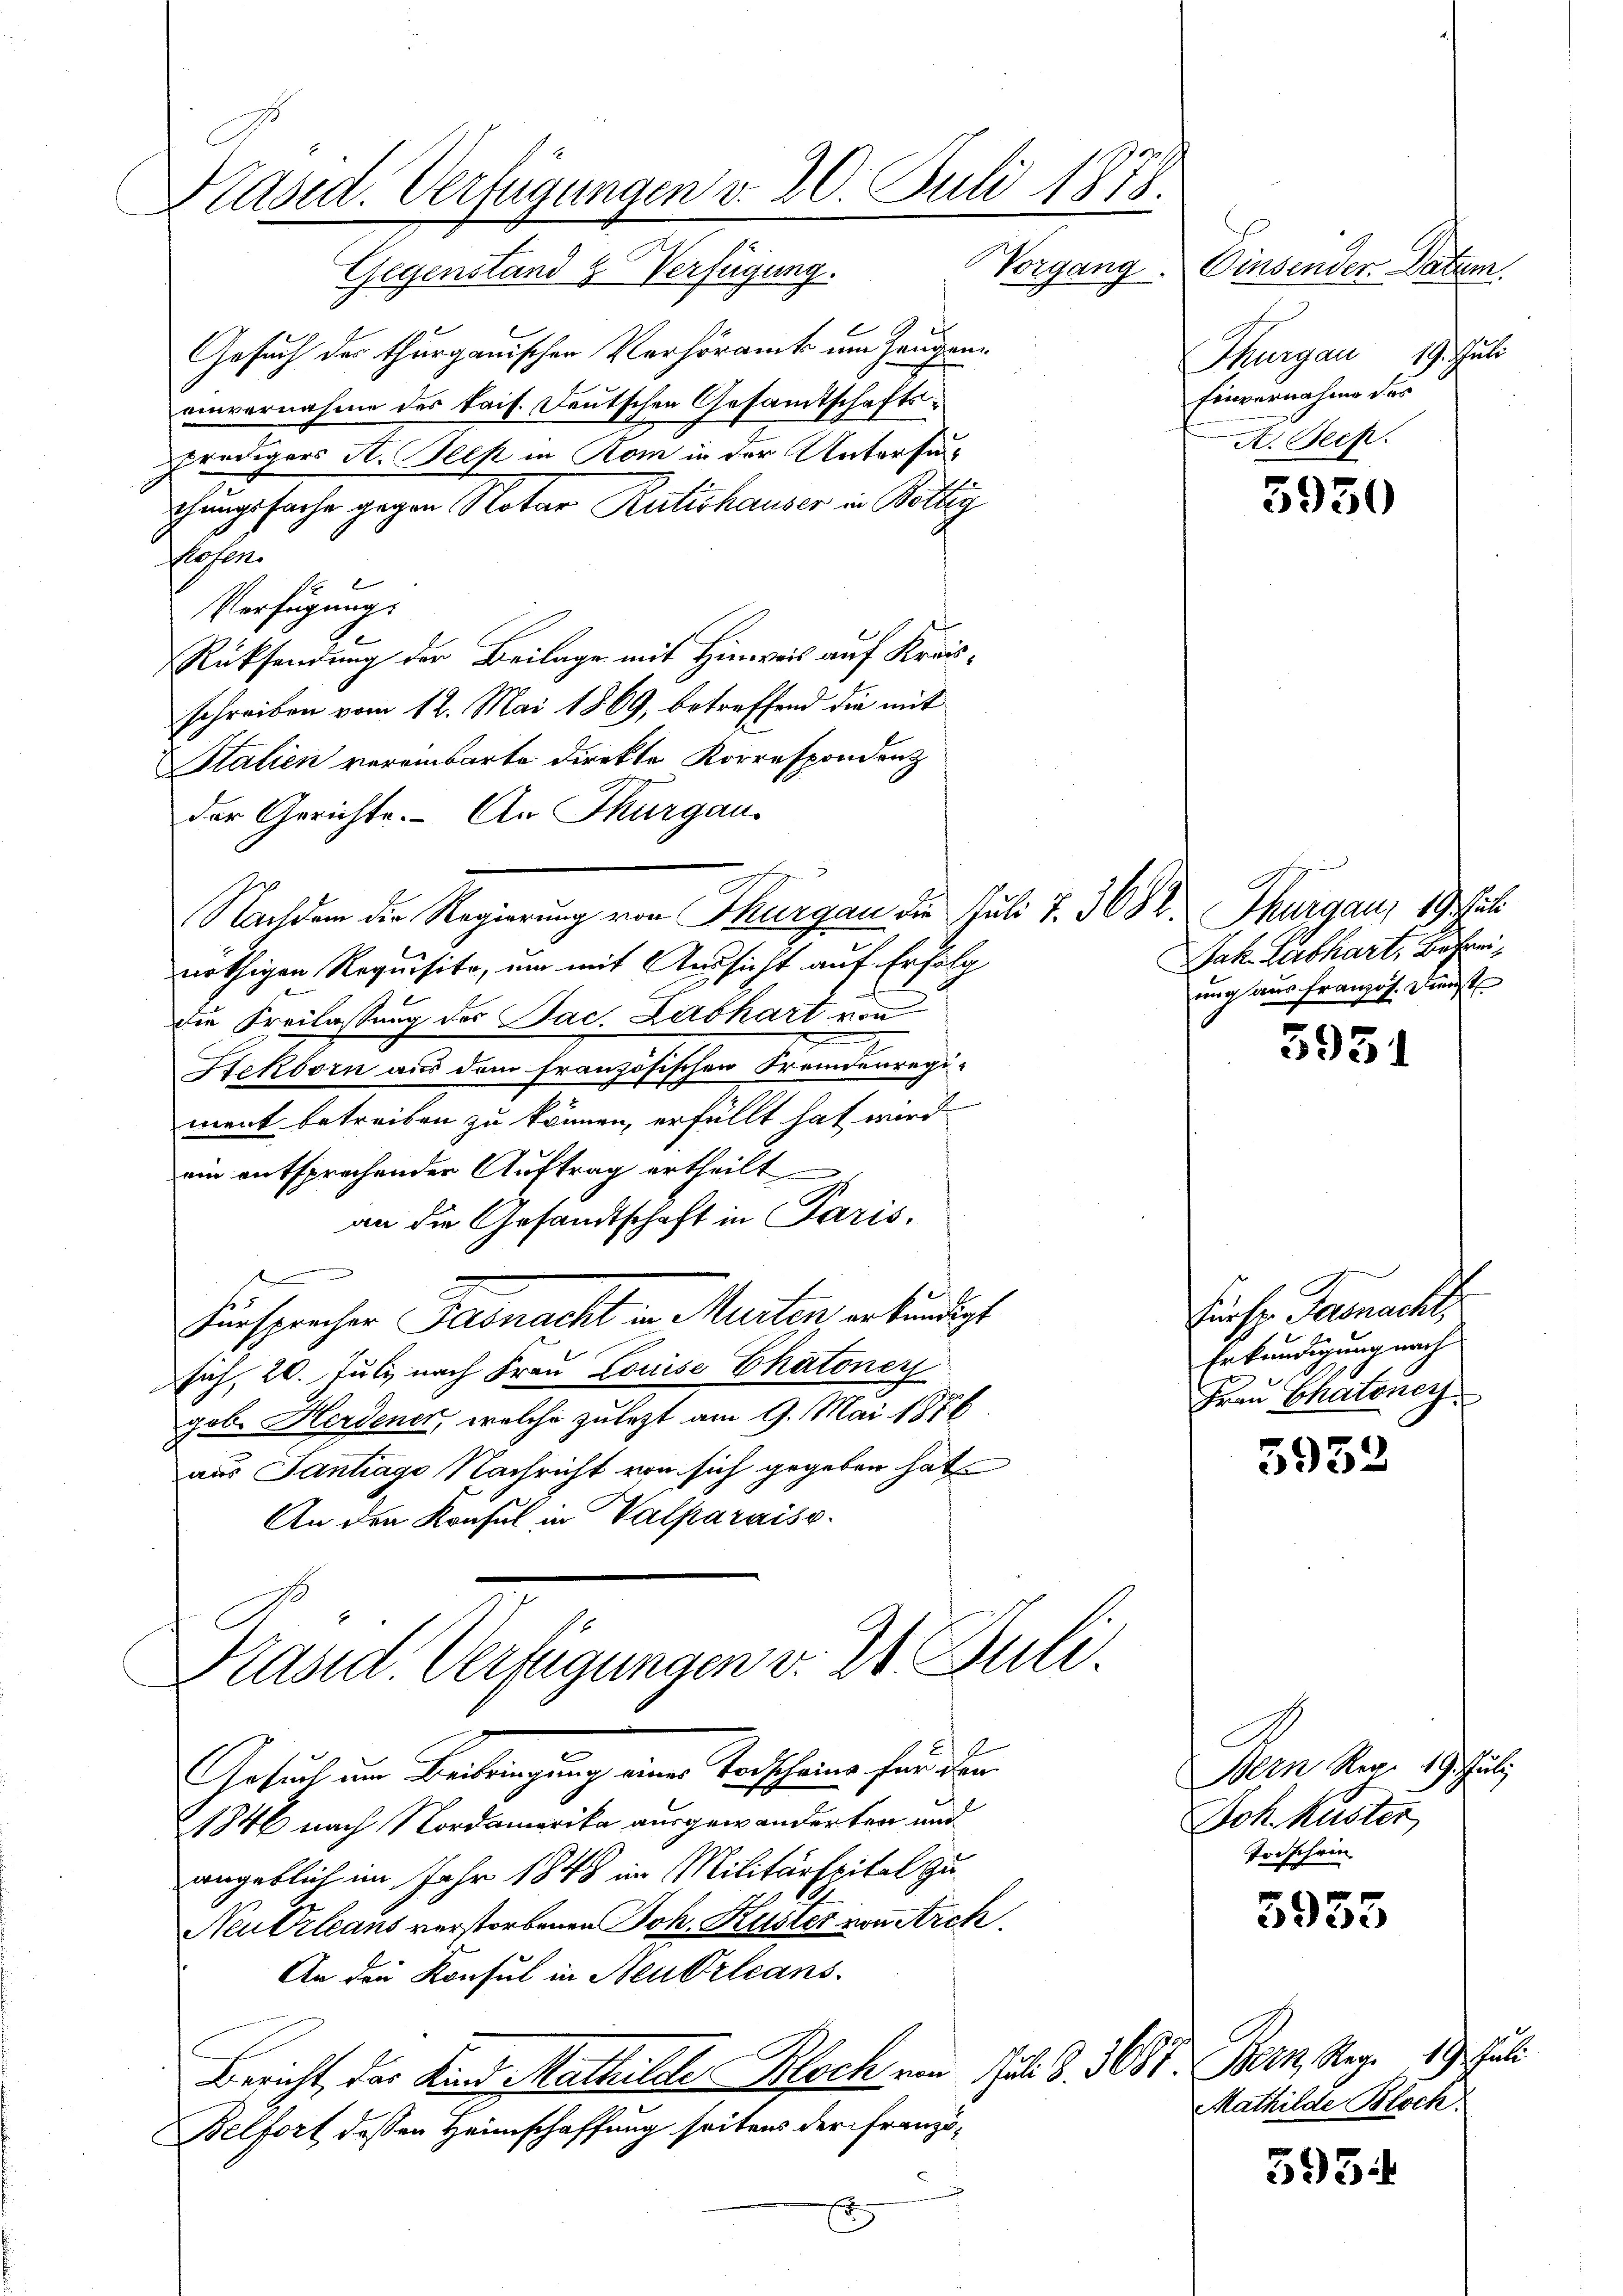
Präsid. Verfügungen v. 20. Juli 1878.

Gegenstand & Verfügung. Vorgang. Einsender Datum.
Gesuch der thurgauischen Verhöramt um Zeugeneinvernahme des kais. Deutschen Gesamtschaftspredigers H. Helst in Rom in der Untersuch
chungssache gegen Notar Rutishauser in Böttig
flehen.
Verfügungs
Rücksendung der Beilage mit Hinweis auf Kreisschreiben vom 12. Mai 1869, betreffend die mit
Stalien vereinbarte direkte Korrespondenz
der Gerichte. An Thurgau,
Nachdem die Regierung von Thurgau die Juli 7. 3682. Thurgau, 19 Jah
nöthigen Requisite, um mit Aussicht auf Erfolg
die Freilassung der Jac. Labhart von
Hekborn aus dem französischen Fremdenregiment betreiben zu können, erfüllt hat wird
ein entsprechender Auftrag ertheilt
an die Gesandtschaft in Paris,
Fürsprecher Gebracht in Murten erkundigt
sich, 20. Juli nach Frau Louise Thatoner
gob. Herdener, welche zulezt am 9. Mai 1876.
aus Santrago Nachricht von sich gegeben hat.
An den Konsul in Valparaisv.

Präsid. Verfügungen v. 24. Juli.

Thurgau 19. Juli
Einvernahme des
A. Bech.

Gesuch um Beibringung einer Vorscheine für den
1846 nach Nordamerika ausgewanderten und
angeblich im Jahr 1848 im Militärspital zu¬
Neu Orleans verstorbenen Joh. Küster von Arch.
An die Konsul in Neudrleans
Bericht, das Kind Mathilche Bloch von Juli d. 3081. Bern Reg. 19. Juli
Belfort dessen Heimschaffung seitens der Franzö¬
E

3930

Jak. Labhart, Befrei,
ung aus französ. Zt

5931

Fiese Farnachtz
Erkundigung nach
Frau Chatoney

5932

Bern Reg. 19. Juli
Joh. Kuster
Torschein

5955

Mathilde Bloch

5954